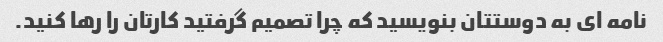
نامه ای به دوستتان بنویسید که چرا تصمیم گرفتید کارتان را رها کنید.